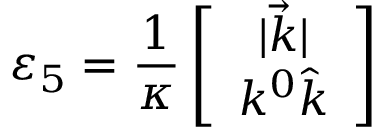
\varepsilon _ { 5 } = \frac { 1 } { \kappa } \left[ \begin{array} { c } { { | \vec { k } | } } \\ { { k ^ { 0 } \hat { k } } } \end{array} \right]